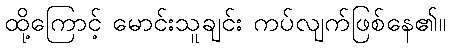
ထို့ကြောင့် မောင်းသူချင်း ကပ်လျက်ဖြစ်နေ၏။